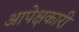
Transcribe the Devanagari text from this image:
आपेक्षकारी